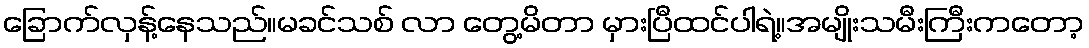
ခြောက်လှန့်နေသည်။မခင်သစ် လာ တွေ့မိတာ မှားပြီထင်ပါရဲ့။အမျိုးသမီးကြီးကတော့